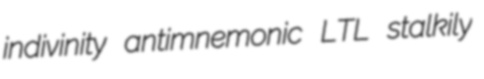
indivinity antimnemonic LTL stalkily